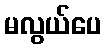
မလွယ်ပေ